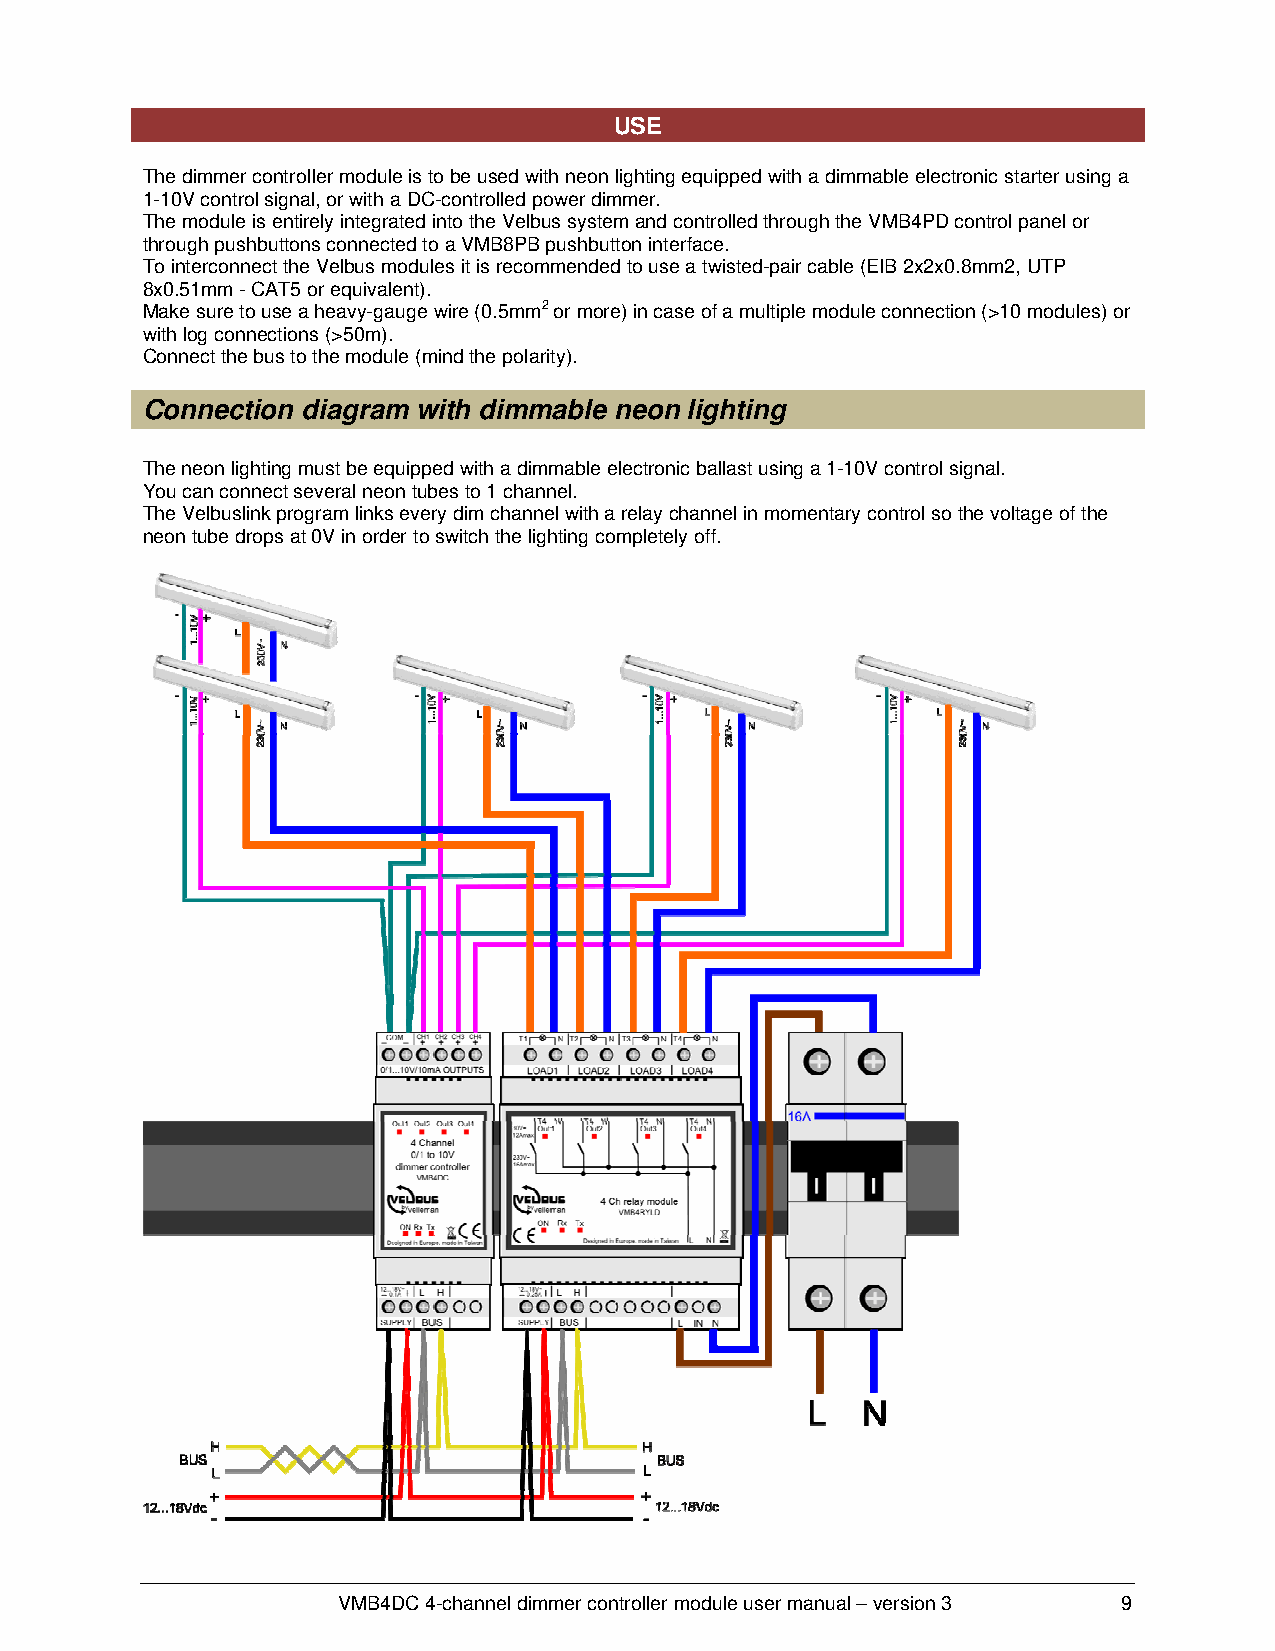
USE
 The dimmer controller module is to be used with neon lighting equipped with a dimmable electronic starter using a
 1-10V control signal, or with a DC-controlled power dimmer.
 The module is entirely integrated into the Velbus system and controlled through the VMB4PD control panel or
 through pushbuttons connected to a VMB8PB pushbutton interface.
 To interconnect the Velbus modules it is recommended to use a twisted-pair cable (EIB 2x2x0.8mm2, UTP
 8x0.51mm - CAT5 or equivalent).
 Make sure to use a heavy-gauge wire (0.5mm2 or more) in case of a multiple module connection (>10 modules) or
 with log connections (>50m).
 Connect the bus to the module (mind the polarity).
 Connection diagram with dimmable neon lighting
 The neon lighting must be equipped with a dimmable electronic ballast using a 1-10V control signal.
 You can connect several neon tubes to 1 channel.
 The Velbuslink program links every dim channel with a relay channel in momentary control so the voltage of the
 neon tube drops at 0V in order to switch the lighting completely off.
 VMB4DC 4-channel dimmer controller module user manual – version 3 9